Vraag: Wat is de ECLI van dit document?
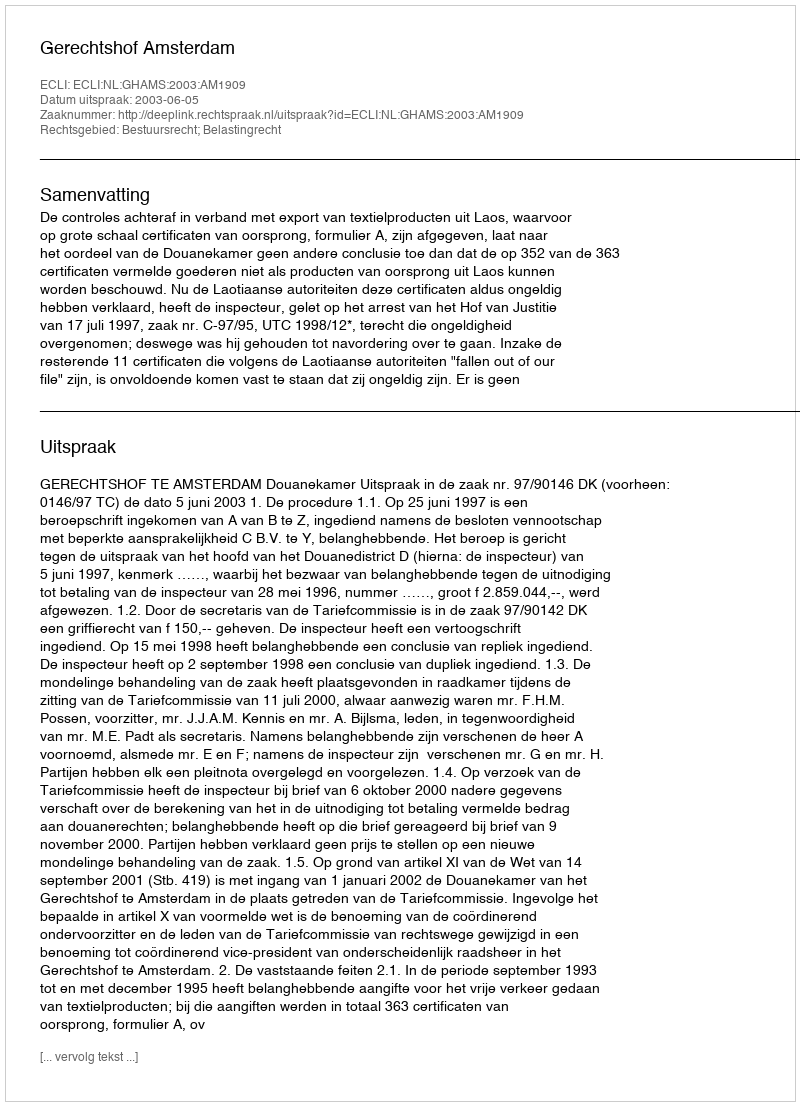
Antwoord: ECLI:NL:GHAMS:2003:AM1909